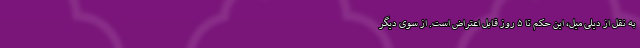
به نقل از دیلی میل، این حکم تا ۵ روز قابل اعتراض است. از سوی دیگر